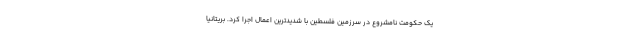
یک حکومت نامشروع در سرزمین فلسطین با شدیدترین اعمال اجرا کرد. بریتانیا